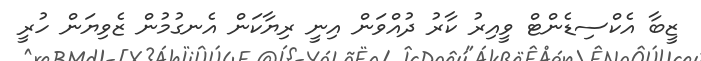
ޒީބާ އެކްސިޑެންޓް ވީއިރު ކާރު ދުއްވަން އިނީ ރިޔާކަން އެނގުމުން ޒެވިޔަން ހުރީ